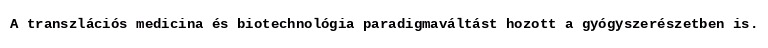
A transzlációs medicina és biotechnológia paradigmaváltást hozott a gyógyszerészetben is.